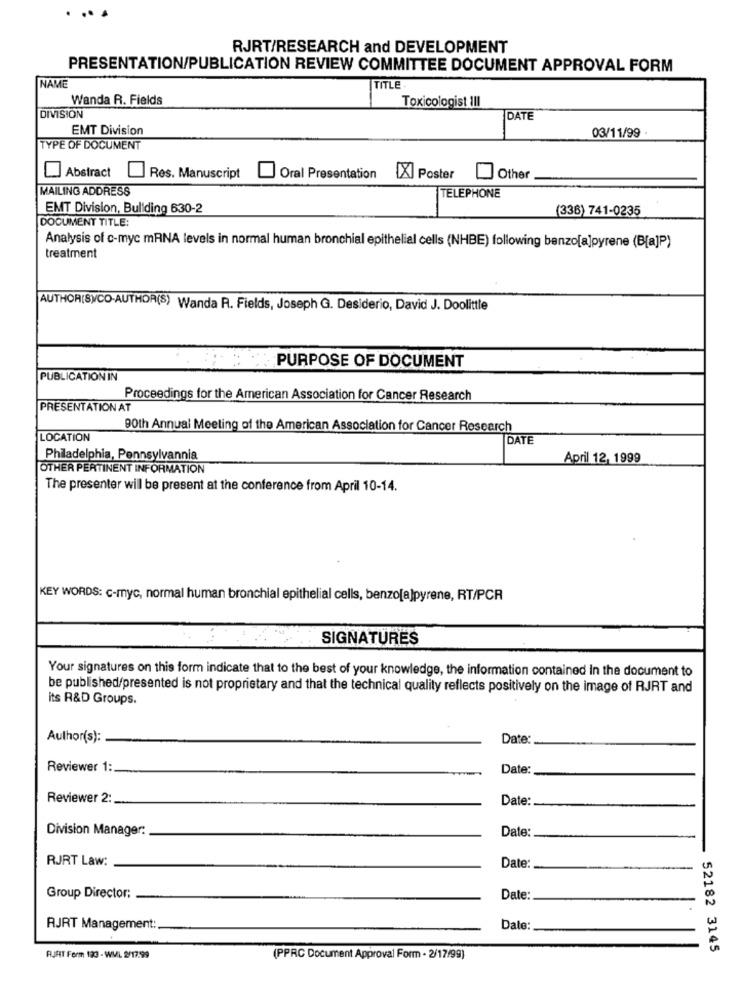
RJRT/RESEARCH and DEVELOPMENT
PRESENTATION/PUBLICATION REVIEW COMMITTEE DOCUMENT APPROVAL FORM
NAME
TITLE
Wanda R. Fields
Toxicologist III
DIVISION
DATE
EMT Division
03/11/99 -
TYPE OF DOCUMENT
Abstract
Res. Manuscript
Oral Presentation
[X] Poster
Other
MAILING ADDRESS
TELEPHONE
EMT Division, Buliding 630-2
(336) 741-0235
DOCUMENT TITLE:
Analysis of c-myc mRNA levels in normal human bronchial epithelial cells (NHBE) following benzo[a]pyrene (B[a]P)
treatment
AUTHOR(S)CO-AUTHOR(S) Wanda R. Fields, Joseph G. Desiderio, David J. Doolittle
: PURPOSE OF DOCUMENT
PUBLICATION IN
Proceedings for the American Association for Cancer Research
PRESENTATION AT
90th Annual Meeting of the American Association for Cancer Research
LOCATION
DATE
Philadelphia, Pennsylvannia
April 12, 1999
OTHER PERTINENT INFORMATION
The presenter will be present at the conference from April 10-14.
KEY WORDS: c-myc, normal human bronchial epithelial cells, benzo[a]pyrene, RT/PCR
SIGNATURES
Your signatures on this form indicate that to the best of your knowledge, the information contained In the document to
be published/presented is not proprietary and that the technical quality reflects positively on the image of RJRT and
its R&D Groups.
Author(s):
Date:
Reviewer 1:
Date:
Reviewer 2:
Date:
Division Manager:
Date:
RJRT Law:
Date
Group Director:
Date:
RJRT Management:
Date:
52182 3145
AJAT Form 123 - WMIL 2/1799
(PPRC Document Approval Form - 2/17/99)